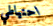
احتياطي